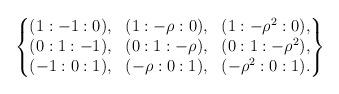
LaTeX: \begin{align*}\begin{Bmatrix}(1:-1:0), & (1:-\rho:0), & (1:-\rho^{2}:0),\\(0:1:-1), & (0:1:-\rho), & (0:1:-\rho^{2}),\\(-1:0:1), & (-\rho:0:1), & (-\rho^{2}:0:1).\end{Bmatrix}\end{align*}